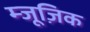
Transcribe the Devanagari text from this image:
म्जूज़िक